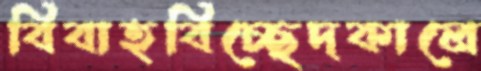
বিবাহবিচ্ছেদকালে